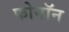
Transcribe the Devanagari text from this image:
फोनॉन